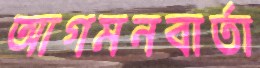
আগমনবার্তা